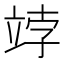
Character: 𥩾